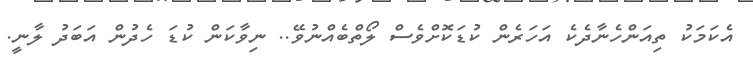
އެކަމަކު ތިއަންހެނާދެކެ އަހަރެން ކުޑަކޮށްވެސް ލޯތްބެއްނުވޭ.. ނިވާކަން ކުޑަ ހެދުން އަބަދު ލާނީ.